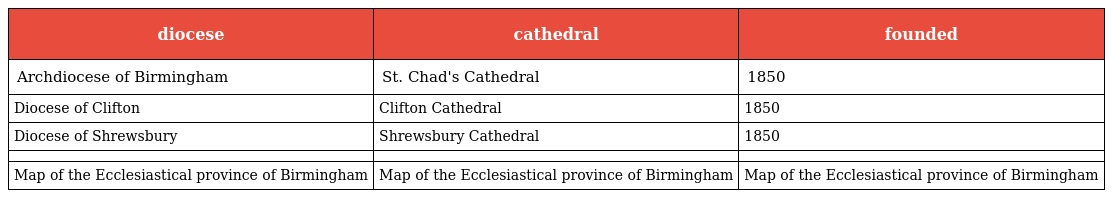
| diocese | cathedral | founded |
 | --- | --- | --- |
 | Archdiocese of Birmingham | St. Chad's Cathedral | 1850 |
 | Diocese of Clifton | Clifton Cathedral | 1850 |
 | Diocese of Shrewsbury | Shrewsbury Cathedral | 1850 |
 |  |  |  |
 | Map of the Ecclesiastical province of Birmingham | Map of the Ecclesiastical province of Birmingham | Map of the Ecclesiastical province of Birmingham |